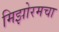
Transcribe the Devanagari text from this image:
मिझोरमचा